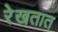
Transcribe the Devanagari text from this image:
रेखतात